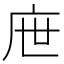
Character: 𢇸